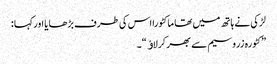
لڑکی نے ہاتھ میں تھا ما کٹورا اس کی طرف بڑھا یا اورکہا :
”کٹورہ زروسیم سے بھر کرلاﺅ“۔